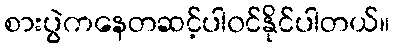
စားပွဲကနေတဆင့်ပါ၀င်နိုင်ပါတယ်။